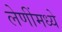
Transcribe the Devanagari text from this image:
लेणींमध्ये